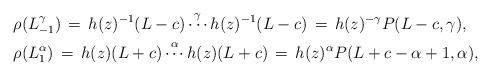
LaTeX: \begin{align*}&\rho(L_{-1}^{\gamma})\, =\, h(z)^{-1}(L-c) \, \overset{\gamma}\cdots\, h(z)^{-1}(L-c) \, =\, h(z)^{-\gamma} P(L-c,\gamma),\\&\rho(L_{1}^{\alpha})\, =\, h(z)(L+c) \, \overset{\alpha}\cdots\, h(z)(L+c)\, =\, h(z)^{\alpha} P(L+c - \alpha+1, \alpha),\end{align*}